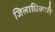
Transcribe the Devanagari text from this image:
जिलाघिकारी